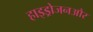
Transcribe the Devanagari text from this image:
हाइड्रोजनऔर